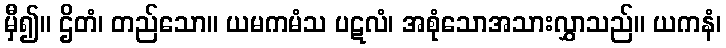
မှီ၍။ ဌိတံ၊ တည်သော။ ယမကမံသ ပဋလံ၊ အစုံသောအသားလွှာသည်။ ယကနံ၊